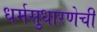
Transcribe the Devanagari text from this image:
धर्मसुधारणेची